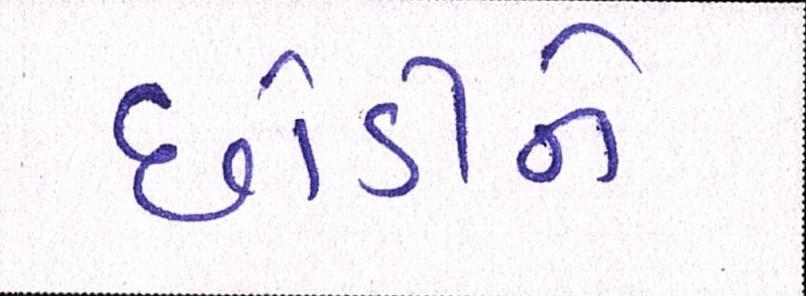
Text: છોડીને